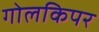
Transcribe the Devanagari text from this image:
गोलकिपर